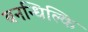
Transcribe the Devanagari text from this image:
बनन्धिल्कि